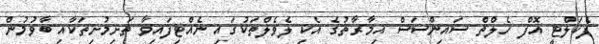
ފެކަލްޓީ އޮފް ހެލްތް ސައިންސަސް އިމާރާތުގެ އެކި ލެވެލްތަކުގައި ނެއްޓިފައިވާ ތަށިމުށިތަކާއި ބާވުމުން